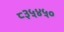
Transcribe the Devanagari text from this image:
८३५४५०